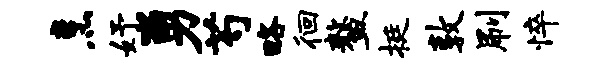
烹妤勇芍略徊鳌挺敦刷悴